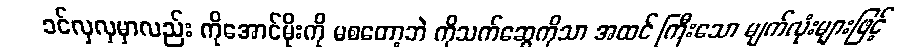
ခင်လှလှမှာလည်း ကိုအောင်မိုးကို မစတော့ဘဲ ကိုသက်ဆွေကိုသာ အထင် ကြီးသော မျက်လုံးများဖြင့်